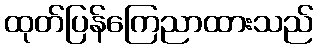
ထုတ်ပြန်ကြေညာထားသည်